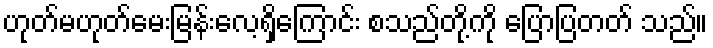
ဟုတ်မဟုတ်မေးမြန်းလေ့ရှိကြောင်း စသည်တို့ကို ပြောပြတတ် သည်။